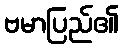
ဗမာပြည်၏